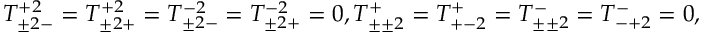
T _ { \pm 2 - } ^ { + 2 } = T _ { \pm 2 + } ^ { + 2 } = T _ { \pm 2 - } ^ { - 2 } = T _ { \pm 2 + } ^ { - 2 } = 0 , T _ { \pm \pm 2 } ^ { + } = T _ { + - 2 } ^ { + } = T _ { \pm \pm 2 } ^ { - } = T _ { - + 2 } ^ { - } = 0 ,